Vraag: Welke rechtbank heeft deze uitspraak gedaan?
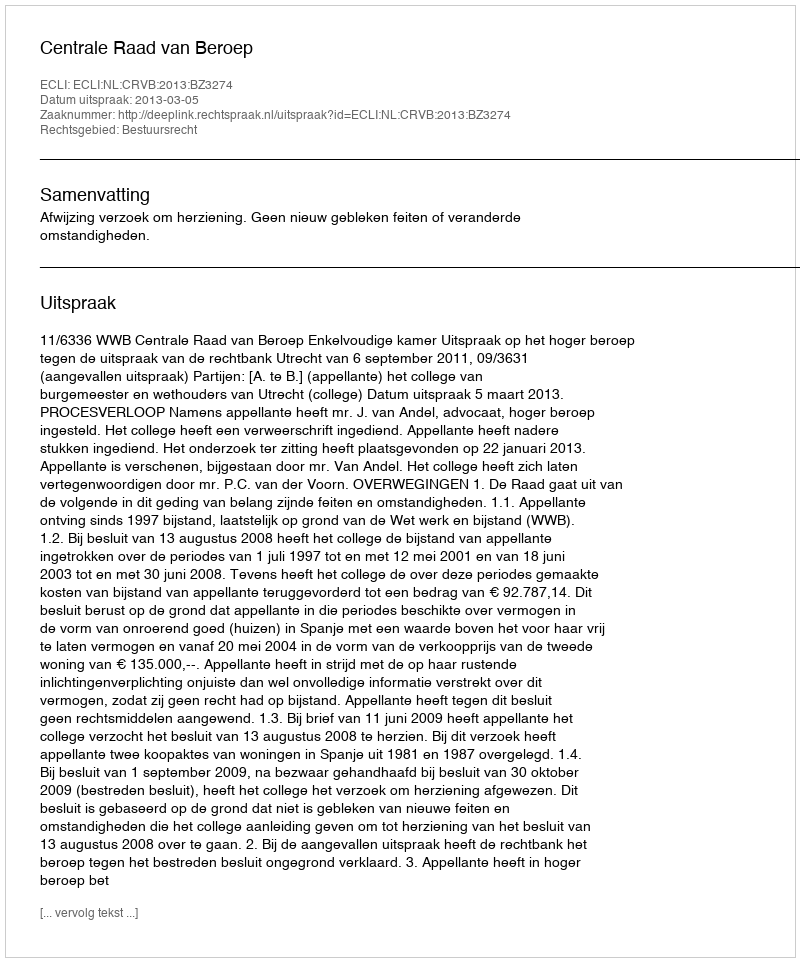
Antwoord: Centrale Raad van Beroep